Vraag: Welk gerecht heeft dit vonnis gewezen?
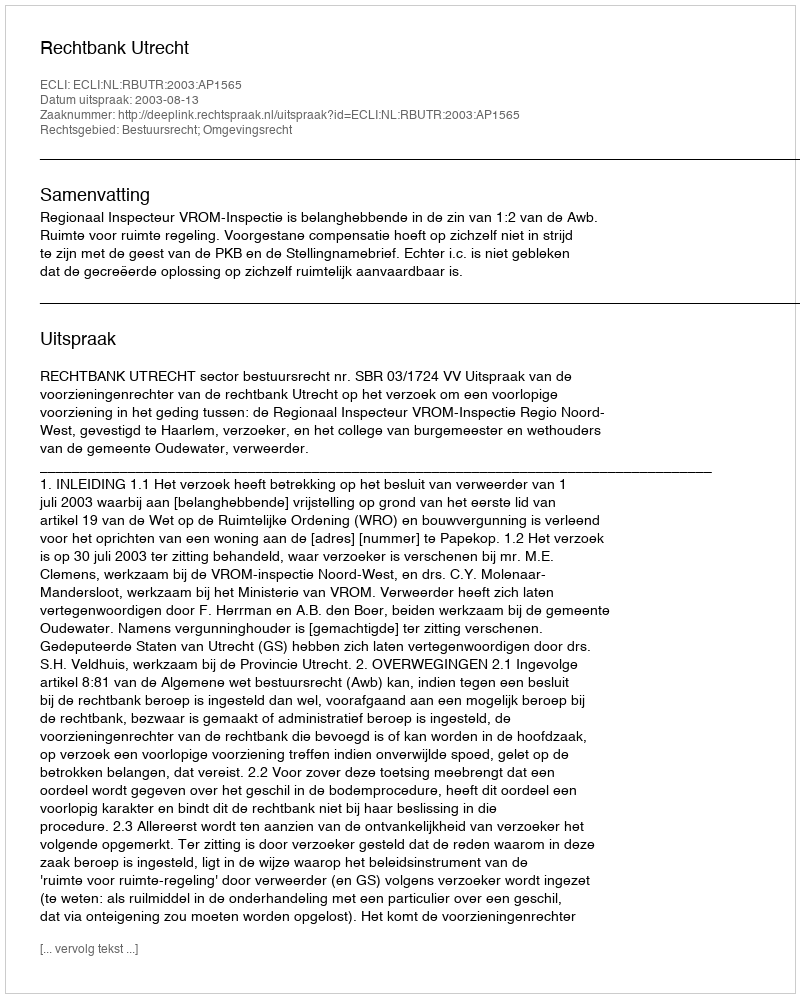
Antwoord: Rechtbank Utrecht